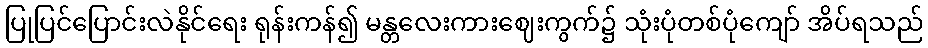
ပြုပြင်ပြောင်းလဲနိုင်ရေး ရုန်းကန်၍ မန္တလေးကားဈေးကွက်၌ သုံးပုံတစ်ပုံကျော် အိပ်ရသည်